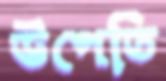
উপেতি